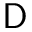
\mathsf { D }